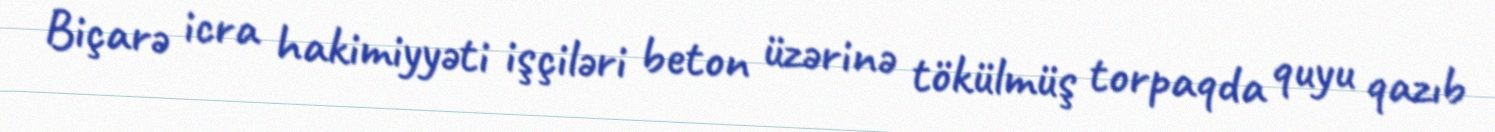
Biçarə icra hakimiyyəti işçiləri beton üzərinə tökülmüş torpaqda quyu qazıb